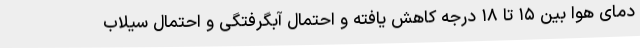
دمای هوا بین ۱۵ تا ۱۸ درجه کاهش یافته و احتمال آبگرفتگی و احتمال سیلاب